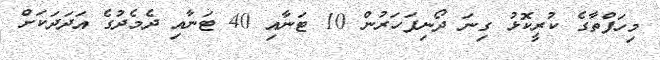
މިހަފްތާގެ ކުރީކޮޅު ގިނަ ދޯނިފަހަރުން 10 ޓަނާއި 40 ޓަނާއި ދެމެދުގެ އަދަދަކަށް